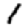
Digit: 1